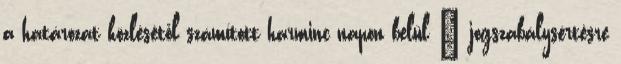
a határozat közlésétől számított harminc napon belül — jogszabálysértésre